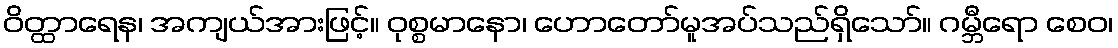
ဝိတ္ထာရေန၊ အကျယ်အားဖြင့်။ ဝုစ္စမာနော၊ ဟောတော်မူအပ်သည်ရှိသော်။ ဂမ္ဘီရော စေဝ၊